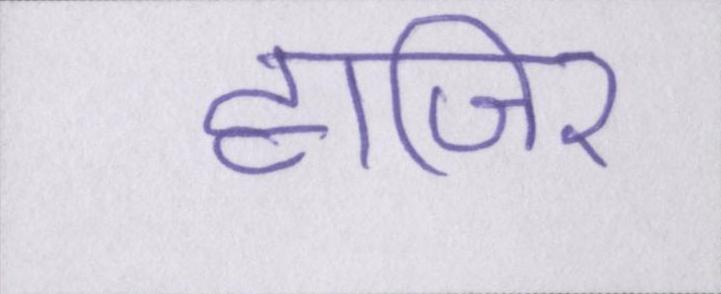
हाजिर